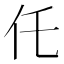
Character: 仛